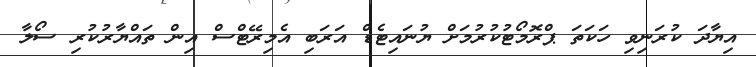
އިޔާދަ ކުރަނިވި ހަކަތަ ޕްރޮމޯޓުކުރުމަށް ޔުނައިޓެޑް އަރަބި އެމިރޭޓްސް އިން ތައްޔާރުކުރި ސޯލާ